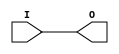
module IBUFG_GTLP (O, I);

    output O;

    input  I;

	buf B1 (O, I);


endmodule